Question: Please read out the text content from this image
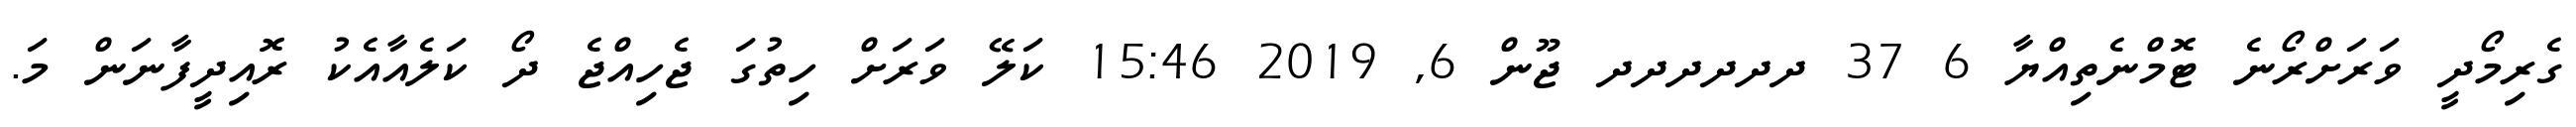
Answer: ގެރިމޯދީ ވަރަށްރޯނެ ޓޮމްނެތިއްޔާ 6 37 ދދދދދދ ޖޫން 6, 2019 15:46 ކަލޭ ވަރަށް ހިތުގަ ޖެހިއްޖެ ދޯ ކަލެއާއެކު ރޮއިދީފާނަން މަ.